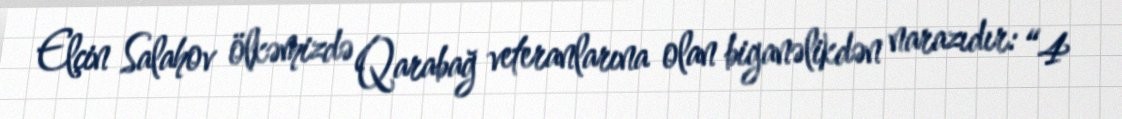
Elçin Salahov ölkəmizdə Qarabağ veteranlarına olan biganəlikdən narazıdır: “4